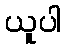
ယူပါ